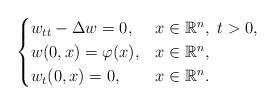
LaTeX: \begin{align*}\begin{cases} w_{tt}-\Delta w=0, & x\in \mathbb{R}^n, \ t>0,\\w(0,x)=\varphi(x), & x\in \mathbb{R}^n, \\ w_t(0,x)=0, & x\in \mathbb{R}^n.\end{cases}\end{align*}